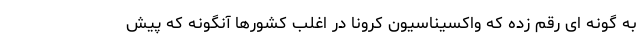
به گونه ای رقم زده که واکسیناسیون کرونا در اغلب کشورها آنگونه که پیش